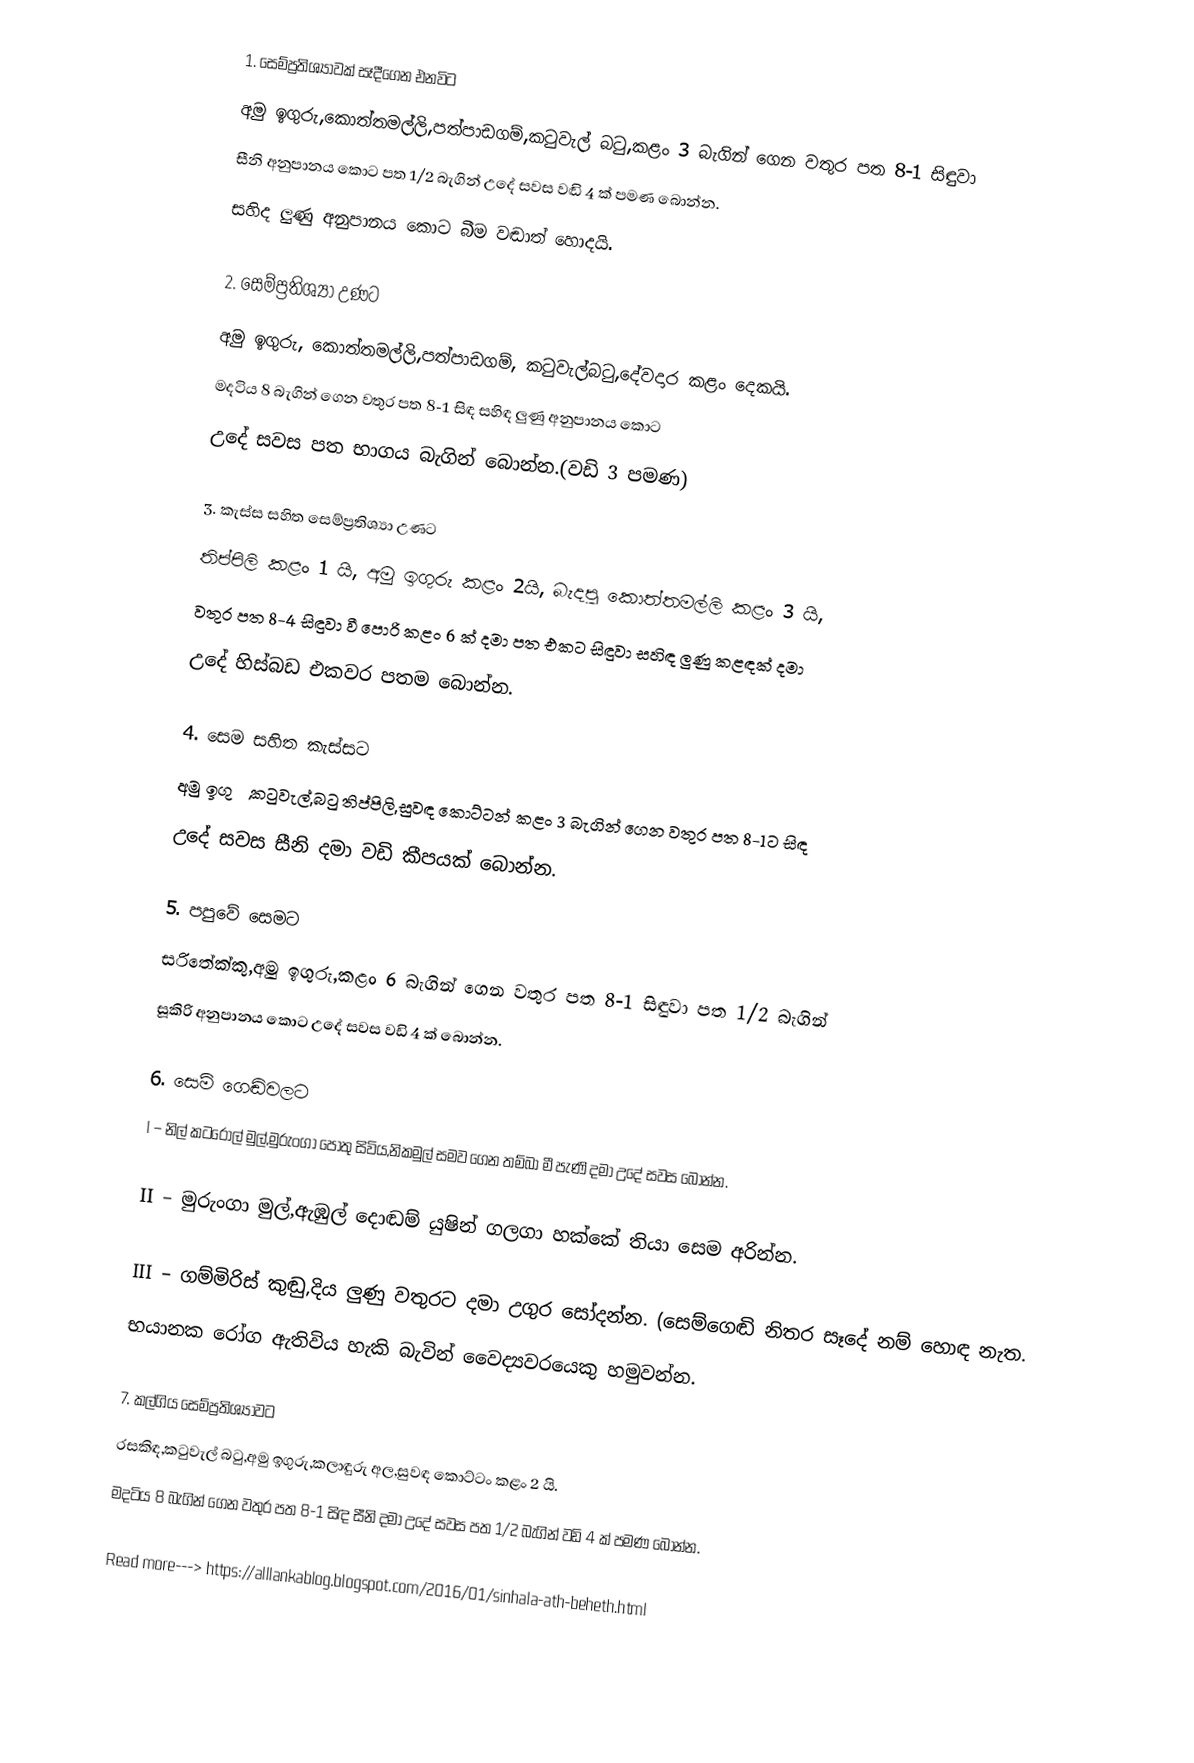
1. සෙම්ප්‍රතිශ්‍යාවක් සෑදීගෙන එනවිට
අමු ඉගුරු,කොත්තමල්ලි,පත්පාඩගම්,කටුවැල් බටු,කළං 3 බැගින් ගෙන වතුර පත 8-1 සිඳුවා
සීනි අනුපානය කොට පත 1/2 බැගින් උදේ සවස වඬි 4 ක් පමණ බොන්න.
සහිද ලුණු අනුපානය කොට බීම වඬාත් හොදයි.

2. සෙම්ප්‍රතිශ්‍යා උණට
අමු ඉගුරු, කොත්තමල්ලි,පත්පාඩගම්, කටුවැල්බටු,දේවදාර කළං දෙකයි.
මදටිය 8 බැගින් ගෙන වතුර පත 8-1 සිඳ සහිඳ ලුණු අනුපානය කොට
උදේ සවස පත භාගය බැගින් බොන්න.(වඩි 3 පමණ)

3. කැස්ස සහිත සෙම්ප්‍රතිශ්‍යා උණට
තිප්පිලි කළං 1 යි, අමු ඉගුරු කළං 2යි, බැදපු කොත්තමල්ලි කළං 3 යි,
වතුර පත 8-4 සිඳුවා වී පොරි කළං 6 ක් දමා පත එකට සිඳුවා සහිඳ ලුණු කළඳක් දමා
උදේ හිස්බඩ එකවර පතම බොන්න.

4. සෙම සහිත කැස්සට
අමු ඉගුරු,කටුවැල්,බටු තිප්පිලි,සුවඳ කොට්ටන් කළං 3 බැගින් ගෙන වතුර පත 8-1ට සිඳ
උදේ සවස සීනි දමා වඩි කීපයක් බොන්න.

5. පපුවේ සෙමට
සරිතේක්කු,අමු ඉගුරු,කළං 6 බැගින් ගෙන වතුර පත 8-1 සිඳුවා පත 1/2 බැගින්
සූකිරි අනුපානය කොට උදේ සවස වඩි 4 ක් බොන්න.

6. සෙම් ගෙඬිවලට
I – නිල් කටරොල් මුල්,මුරුංගා පොතු සිවිය,නිකමුල් සමව ගෙන තම්බා මී පැණි දමා උදේ සවස බොන්න.

II – මුරුංගා මුල්,ඇඹුල් දොඬම් යුෂින් ගලගා හක්කේ තියා සෙම අරින්න.

III – ගම්මිරිස් කුඬු,දිය ලුණු වතුරට දමා උගුර සෝදන්න. (සෙම්ගෙඬි නිතර සෑදේ නම් හොඳ නැත.
භයානක රෝග ඇතිවිය හැකි බැවින් වෛද්‍යවරයෙකු හමුවන්න.

7. කල්ගිය සෙම්ප්‍රතිශ්‍යාවට
රසකිඳ,කටුවැල් බටු,අමු ඉගුරු,කලාඳුරු අල,සුවඳ කොට්ටං කළං 2 යි.
මදටිය 8 බැගින් ගෙන වතුර පත 8-1 සිඳ සීනි දමා උදේ සවස පත 1/2 බැගින් වඩි 4 ක් පමණ බොන්න.

Read more---> https://alllankablog.blogspot.com/2016/01/sinhala-ath-beheth.html